Annual report of the Punjab Veterinary College and of the Civil Veterinary Department, Punjab - 1926-1932
Year: 1926
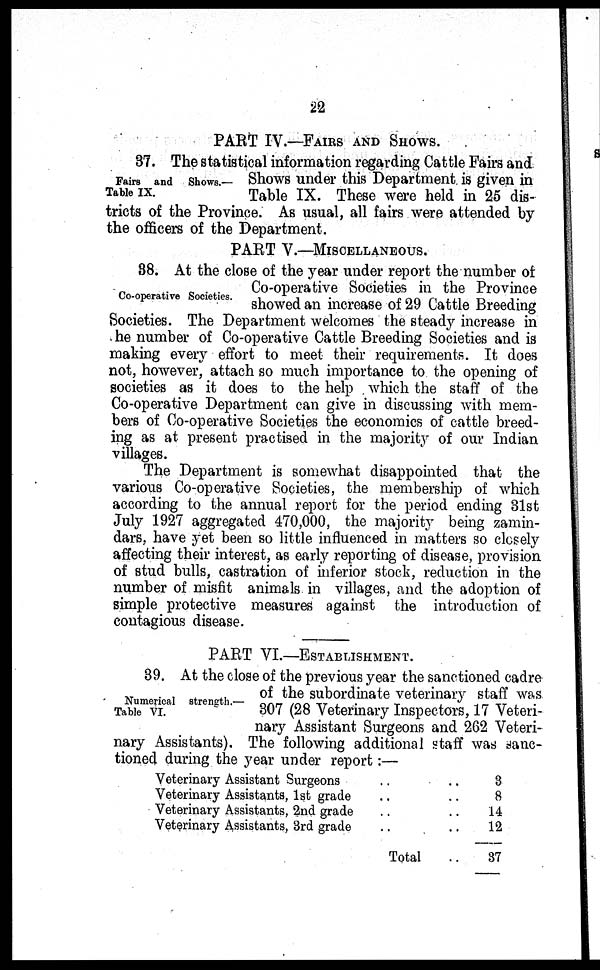
22
PART IV.—FAIRS AND SHOWS.
Fairs and Shows.—
Table IX.
37. The statistical information regarding Cattle Fairs and
Shows under this Department is given in
Table IX. These were held in 25 dis-
tricts of the Province. As usual, all fairs were attended by
the officers of the Department.
PART V.—MISCELLANEOUS.
Co-operative Societies.
38. At the close of the year under report the number of
Co-operative Societies in the Province
showed an increase of 29 Cattle Breeding
Societies. The Department welcomes the steady increase in
he number of Co-operative Cattle Breeding Societies and is
making every effort to meet their requirements. It does
not, however, attach so much importance to the opening of
societies as it does to the help which the staff of the
Co-operative Department can give in discussing with mem-
bers of Co-operative Societies the economics of cattle breed-
ing as at present practised in the majority of our Indian
villages.
The Department is somewhat disappointed that the
various Co-operative Societies, the membership of which
according to the annual report for the period ending 31st
July 1927 aggregated 470,000, the majority being zamin-
dars, have yet been so little influenced in matters so closely
affecting their interest, as early reporting of disease, provision
of stud bulls, castration of inferior stock, reduction in the
number of misfit animals in villages, and the adoption of
simple protective measures against the introduction of
contagious disease.
PART VI.—ESTABLISHMENT.
Numerical strength.—
Table VI.
39. At the close of the previous year the sanctioned cadre
of the subordinate veterinary staff was
307 (28 Veterinary Inspectors, 17 Veteri-
nary Assistant Surgeons and 262 Veteri-
nary Assistants). The following additional staff was sanc-
tioned during the year under report:—
Veterinary Assistant Surgeons .. ..
Veterinary Assistants, 1st grade.. ..
Veterinary Assistants, 2nd grade .. ..
Veterinary Assistants, 3rd grade .. ..
Total ..
3
8
14
12
37